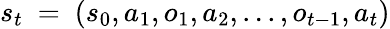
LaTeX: s_{t}~=~(s_{0},a_{1},o_{1},a_{2},...,o_{t-1},a_{t})